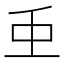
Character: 𮓱